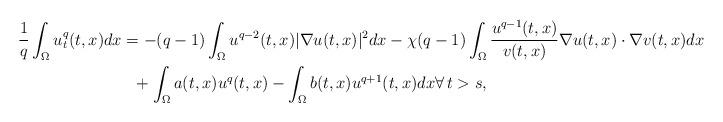
LaTeX: \begin{align*}\frac{1}{q}\int_\Omega u_t^q(t,x)dx& =-(q-1)\int_\Omega u^{q-2}(t,x)|\nabla u(t,x)|^2dx -\chi(q-1)\int_\Omega \frac{u^{q-1}(t,x)}{v(t,x)}\nabla u(t,x)\cdot\nabla v(t,x)dx\\&\,\,\,\, +\int_\Omega a(t,x)u^q(t,x)-\int_\Omega b(t,x)u^{q+1}(t,x) dx\forall\, t>s,\end{align*}